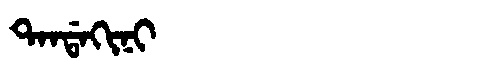
Manchu: ᡨᠠᠨᡩᠠᡴᡳᠨᡳ
Romanization: TANDAKINI